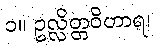
၁။ ဥလ္လိတ္တဝိဟာရ၊